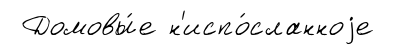
Домовы́е н'испо́сланноjе